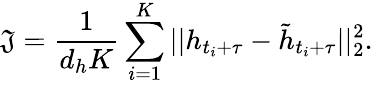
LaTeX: \mathfrak{J}=\frac{{1}}{{d_{h}K}}\sum_{i=1}^{K}||h_{t_{i}+\tau}-\tilde{{h}}_{t_{i}+\tau}||_{2}^{2}.